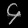
Digit: ၄